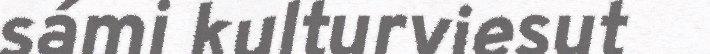
sámi kulturviesut